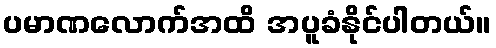
ပမာဏလောက်အထိ အပူခံနိုင်ပါတယ်။